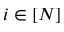
i \in [ N ]